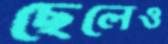
ছেলেও